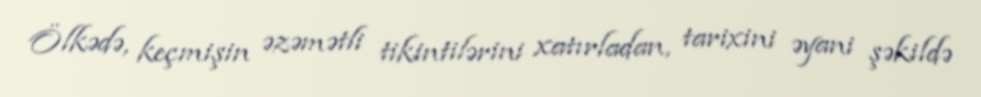
Ölkədə, keçmişin əzəmətli tikintilərini xatırladan, tarixini əyani şəkildə